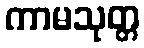
ကာမသုတ္တ